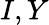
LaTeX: I,Y